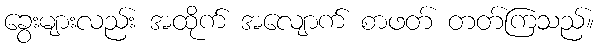
ခွေးများလည်း အထိုက် အလျောက် စာဖတ် တတ်ကြသည်။